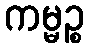
ကမ္မဉ္စ